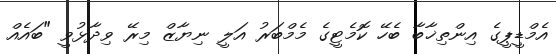
އެމްޑީޕީގެ އިންތިޚާބާ ބެހޭ ކޮމެޓީގެ މެމްބަރު އަލީ ނިޔާޒް މިރޭ ވިދާޅުވީ "ބައެއް